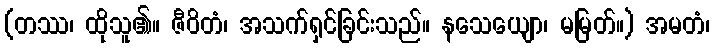
(တဿ၊ ထိုသူ၏။ ဇီဝိတံ၊ အသက်ရှင်ခြင်းသည်။ နသေယျော၊ မမြတ်။) အမတံ၊